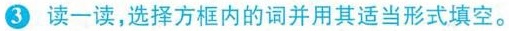
3 读一读,选择方框内的词并用其适当形式填空。